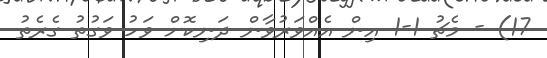
17) - މެޗު 1-1 އިން އެއްވަރުވާން ދަނިކޮށް ވަހު ވަގުތު ގެރެތު